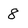
Character: 8